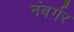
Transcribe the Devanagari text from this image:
नंबर्गर